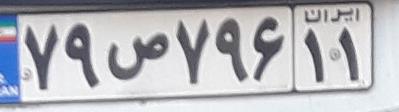
۷۹ص۷۹۶۱۱